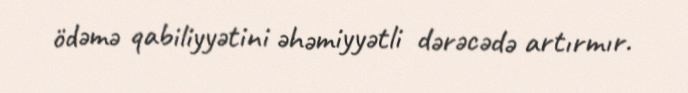
ödəmə qabiliyyətini əhəmiyyətli dərəcədə artırmır.